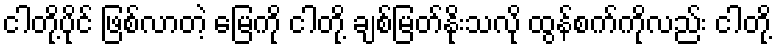
ငါတို့ပိုင် ဖြစ်လာတဲ့ မြေကို ငါတို့ ချစ်မြတ်နိုးသလို ထွန်စက်ကိုလည်း ငါတို့